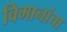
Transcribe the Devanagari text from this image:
विमानांंचा